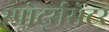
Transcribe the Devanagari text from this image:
स्पोर्ट्ससेंटर